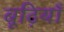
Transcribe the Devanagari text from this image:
बूढ़ियाँ